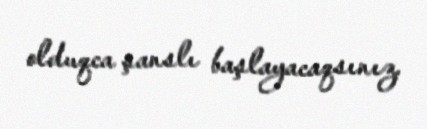
olduqca şanslı başlayacaqsınız.